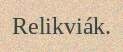
Relikviák.